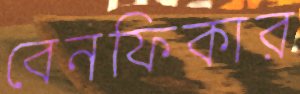
বেনফিকার